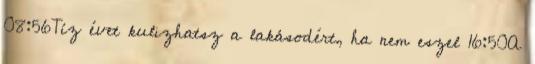
08:56Tíz évet kulizhatsz a lakásodért, ha nem eszel 16:50A